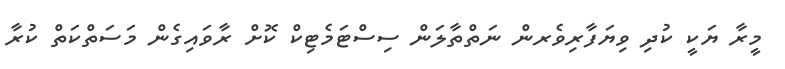
މީރާ ޔަކީ ކުދި ވިޔަފާރިވެރން ނަތްތާލަން ސިސްޓަމެޓިކް ކޮށް ރާވައިގެން މަސަތްކަތް ކުރާ